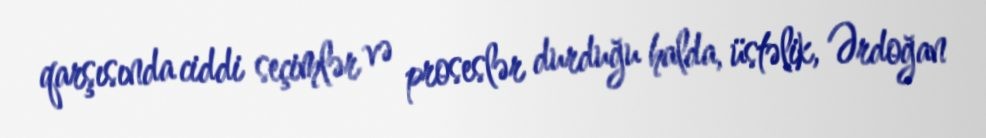
qarşısında ciddi seçimlər və proseslər durduğu halda, üstəlik, Ərdoğan